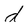
Character: d